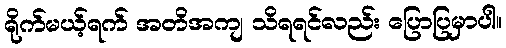
ရိုက်မယ့်ရက် အတိအကျ သိရရင်လည်း ပြောပြမှာပါ။